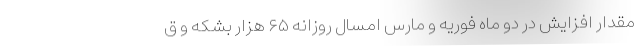
مقدار افزایش در دو ماه فوریه و مارس امسال روزانه ۶۵ هزار بشکه و ق